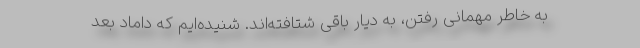
به خاطر مهمانی رفتن، به دیار باقی شتافته‌اند. شنیده‌ایم که داماد بعد